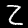
Digit: 2